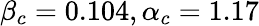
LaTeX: \beta_{c}=0.104,\alpha_{c}=1.17